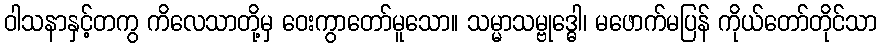
ဝါသနာနှင့်တကွ ကိလေသာတို့မှ ဝေးကွာတော်မူသော။ သမ္မာသမ္ဗုဒ္ဓေါ၊ မဖောက်မပြန် ကိုယ်တော်တိုင်သာ